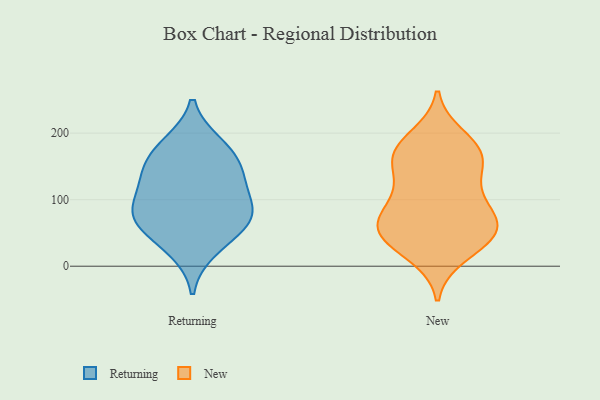
{"axis": {"x": "Conversion Rate (%)", "y": "Value"}, "legend": ["New", "Returning"], "data": [{"x": "", "y": 175, "type": "Returning"}, {"x": "", "y": 69, "type": "Returning"}, {"x": "", "y": 146, "type": "Returning"}, {"x": "", "y": 54, "type": "Returning"}, {"x": "", "y": 125, "type": "Returning"}, {"x": "", "y": 183, "type": "Returning"}, {"x": "", "y": 75, "type": "Returning"}, {"x": "", "y": 90, "type": "Returning"}, {"x": "", "y": 86, "type": "Returning"}, {"x": "", "y": 25, "type": "Returning"}, {"x": "", "y": 140, "type": "Returning"}, {"x": "", "y": 50, "type": "New"}, {"x": "", "y": 150, "type": "New"}, {"x": "", "y": 167, "type": "New"}, {"x": "", "y": 158, "type": "New"}, {"x": "", "y": 43, "type": "New"}, {"x": "", "y": 70, "type": "New"}, {"x": "", "y": 170, "type": "New"}, {"x": "", "y": 187, "type": "New"}, {"x": "", "y": 53, "type": "New"}, {"x": "", "y": 64, "type": "New"}, {"x": "", "y": 81, "type": "New"}, {"x": "", "y": 119, "type": "New"}, {"x": "", "y": 55, "type": "New"}, {"x": "", "y": 100, "type": "New"}, {"x": "", "y": 24, "type": "New"}, {"x": "", "y": 195, "type": "New"}, {"x": "", "y": 108, "type": "New"}, {"x": "", "y": 55, "type": "New"}, {"x": "", "y": 164, "type": "New"}, {"x": "", "y": 16, "type": "New"}]}